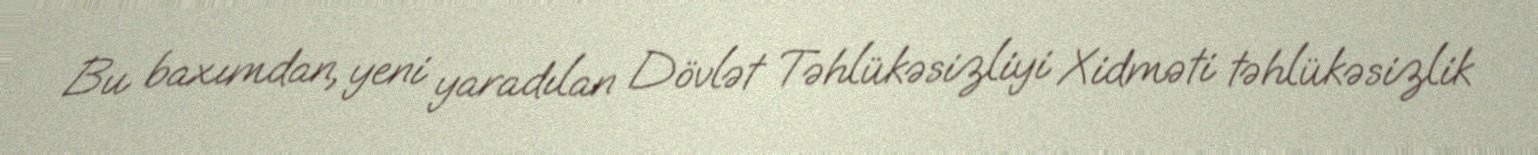
Bu baxımdan, yeni yaradılan Dövlət Təhlükəsizliyi Xidməti təhlükəsizlik